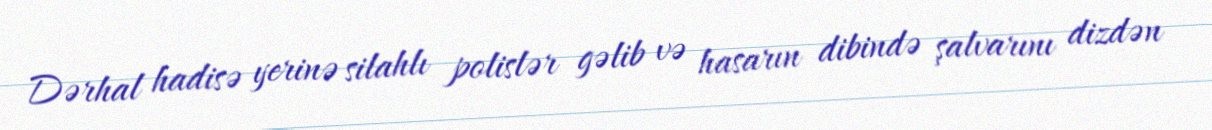
Dərhal hadisə yerinə silahlı polislər gəlib və hasarın dibində şalvarını dizdən